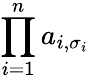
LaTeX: \prod_{i=1}^{n}a_{i,\sigma_{i}}